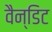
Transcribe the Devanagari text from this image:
वैन्डिट